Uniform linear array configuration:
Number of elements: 48
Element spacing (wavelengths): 1
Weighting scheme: blackman
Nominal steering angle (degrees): -60
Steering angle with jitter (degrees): -58.329
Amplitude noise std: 0.05
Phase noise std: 0.05

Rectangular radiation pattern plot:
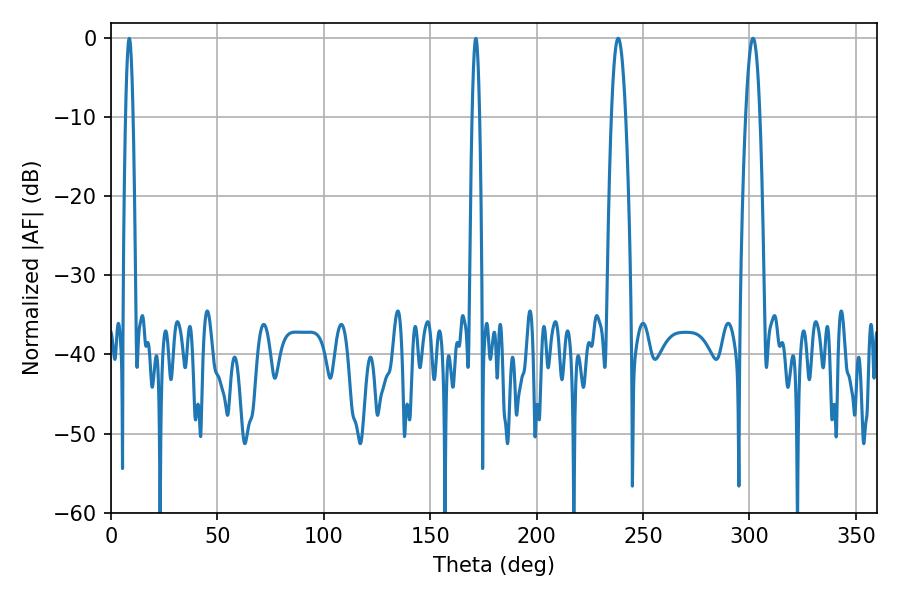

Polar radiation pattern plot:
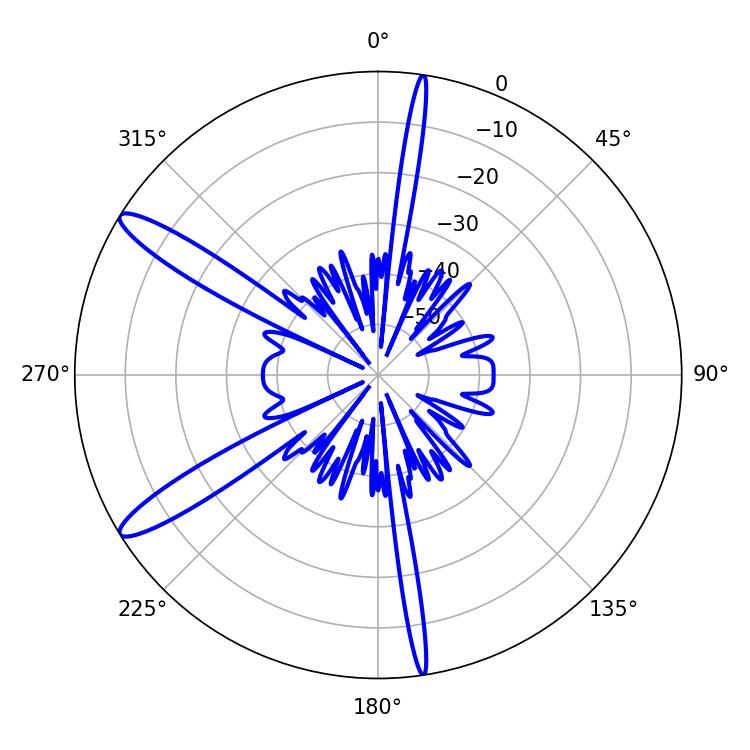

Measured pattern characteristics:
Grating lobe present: TRUE
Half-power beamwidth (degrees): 3.6
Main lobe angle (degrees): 301.68